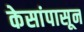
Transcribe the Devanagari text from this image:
केसांपासून